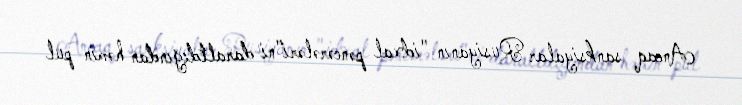
Ancaq sanksiyalar Rusiyanın "idxal pəncərələri"ni daraltdığından həmin pul